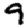
Digit: 9